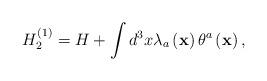
LaTeX: \begin{align*}H_{2}^{\left( 1\right) }=H+\int d^{3}x\lambda _{a}\left( {\bf x}\right)\theta ^{a}\left( {\bf x}\right) , \end{align*}